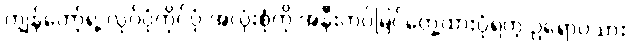
ကျွန်တော့်ရဲ့ လုပ်ပုံကိုင်ပုံ အလုံးစုံကို အနီးကပ်မြင်တွေ့ထားပုံရတဲ့ ဥရောပသား